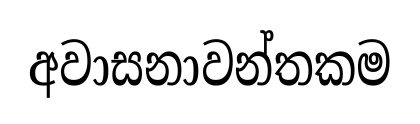
අවාසනාවන්තකම